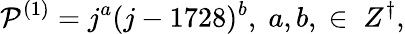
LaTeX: {\cal P}^{(1)}=j^{a}(j-1728)^{b},\; a,b,\; \in\; Z^{\dagger},